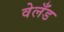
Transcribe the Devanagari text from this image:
वेलँड